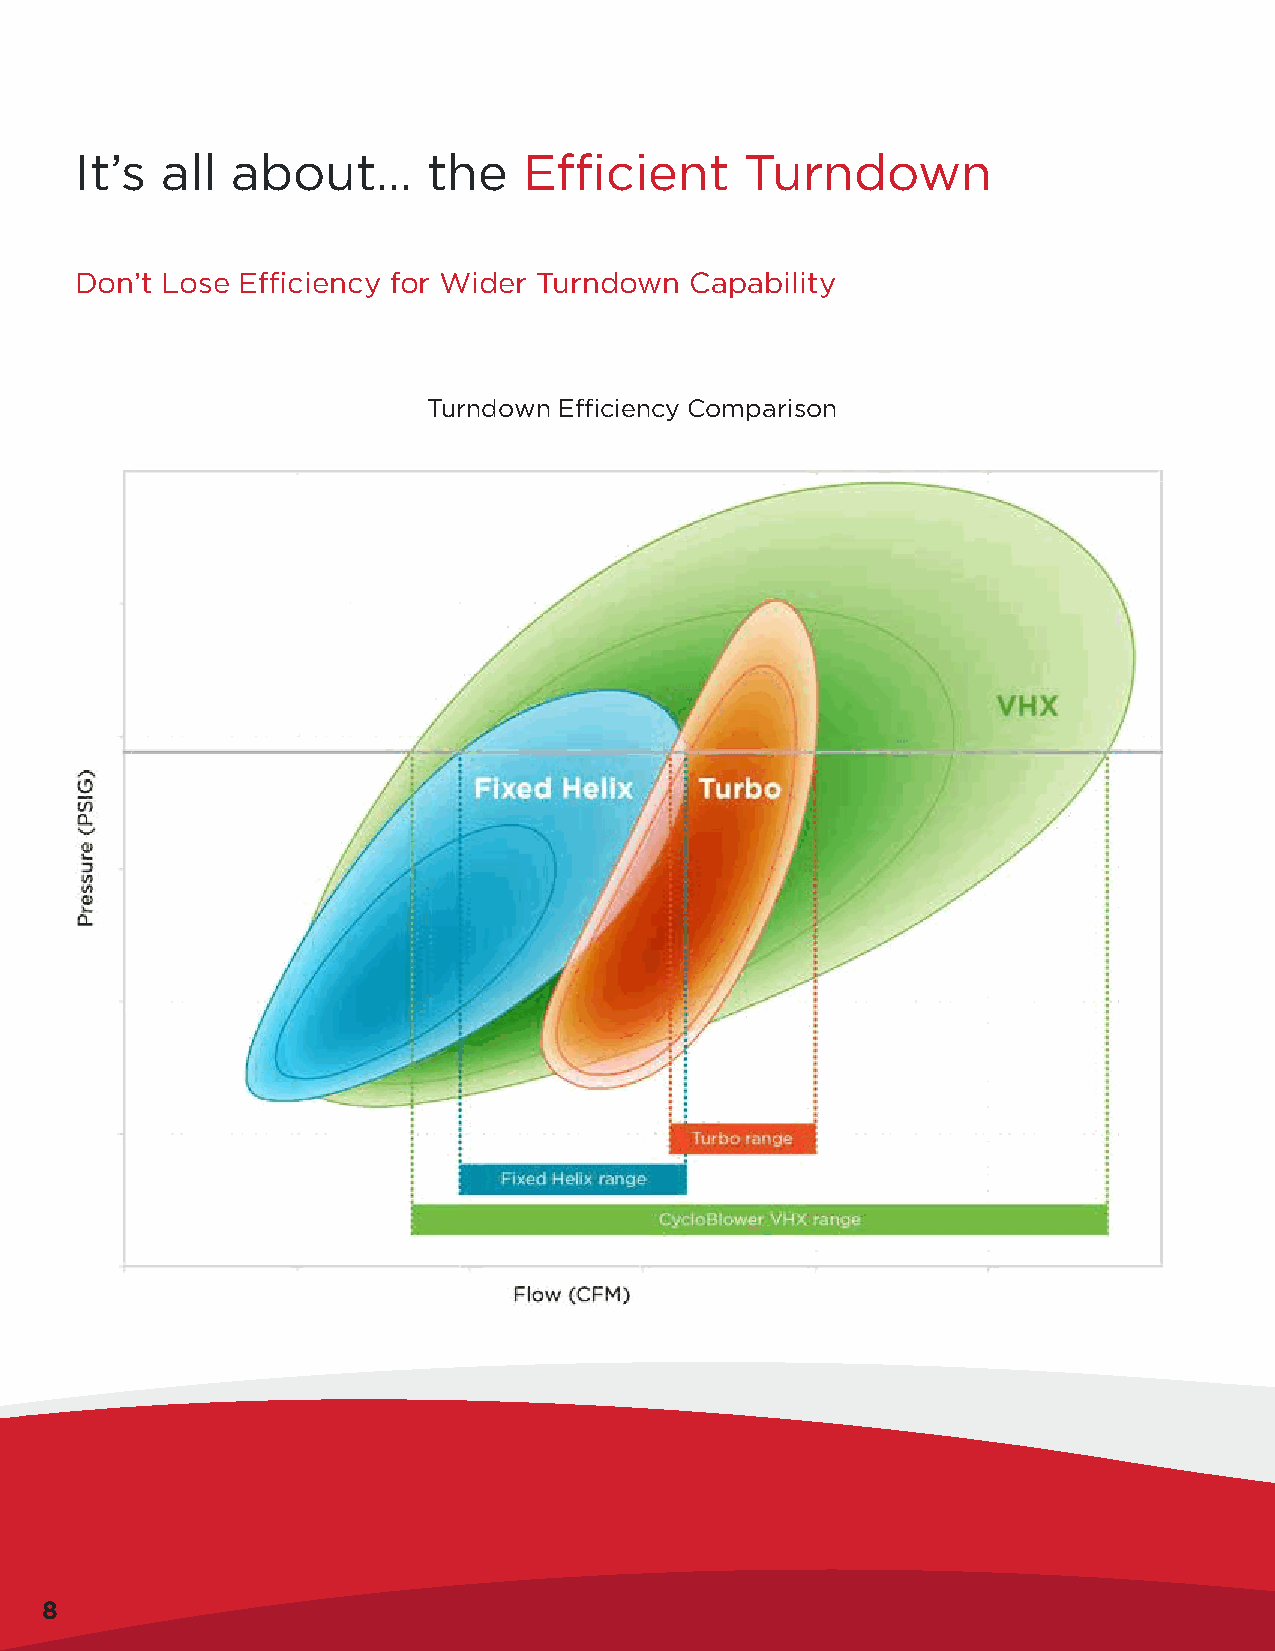
It’s  all about…       the    Efficient     Turndown
 Don’t Lose Efficiency for Wider Turndown Capability
 Turndown Efficiency Comparison
 8